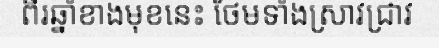
ពីរឆ្នាំខាងមុខនេះ ថែមទាំងស្រាវជ្រាវ